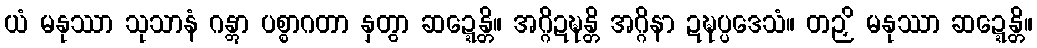
ယံ မနုဿာ သုသာနံ ဂန္တွာ ပစ္စာဂတာ နှတွာ ဆဍ္ဍေန္တိ။ အဂ္ဂိဍဍ္ဎန္တိ အဂ္ဂိနာ ဍဍ္ဎပ္ပဒေသံ။ တဉှိ မနုဿာ ဆဍ္ဍေန္တိ။